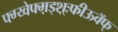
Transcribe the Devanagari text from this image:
फ्ग्य्वेफ्म़ड्श़़्ःफीऊवॅफ्